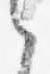
之